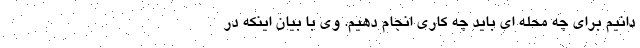
دانیم برای چه محله ای باید چه کاری انجام دهیم. وی با بیان اینکه در